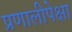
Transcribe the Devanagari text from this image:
प्रणालीपेक्षा